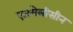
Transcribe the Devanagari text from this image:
एजमेलीसीन